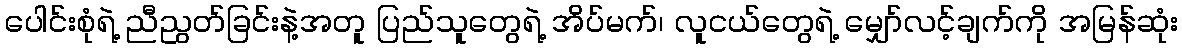
ပေါင်းစုံရဲ့ ညီညွတ်ခြင်းနဲ့အတူ ပြည်သူတွေရဲ့ အိပ်မက်၊ လူငယ်တွေရဲ့ မျှော်လင့်ချက်ကို အမြန်ဆုံး